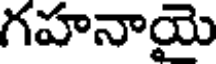
గహనాయై